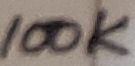
Text: 100K